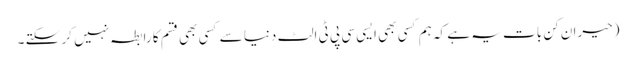
(حیران کن بات یہ ہے کہ ہم کسی بھی ایسی سی پی ٹی الٹ دنیا سے کسی بھی قسم کا رابطہ نہیں کر سکتے ۔